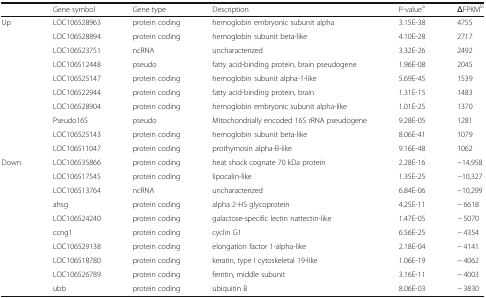
|  | Gene symbol | Gene type | Description | P-valuea | ΔFPKMb |
 | --- | --- | --- | --- | --- | --- |
 | Up | LOC106528963 | protein coding | hemoglobin embryonic subunit alpha | 3.15E-38 | 4755 |
 |  | LOC106528894 | protein coding | hemoglobin subunit beta-like | 4.10E-28 | 2717 |
 |  | LOC106523751 | ncRNA | uncharacterized | 3.32E-26 | 2492 |
 |  | LOC106512448 | pseudo | fatty acid-binding protein, brain pseudogene | 1.96E-08 | 2045 |
 |  | LOC106525147 | protein coding | hemoglobin subunit alpha-1-like | 5.69E-45 | 1539 |
 |  | LOC106522944 | protein coding | fatty acid-binding protein, brain | 1.31E-15 | 1483 |
 |  | LOC106528904 | protein coding | hemoglobin embryonic subunit alpha-like | 1.01E-25 | 1370 |
 |  | Pseudo16S | pseudo | Mitochondrially encoded 16S rRNA pseudogene | 9.28E-05 | 1281 |
 |  | LOC106525143 | protein coding | hemoglobin subunit beta-like | 8.06E-41 | 1079 |
 |  | LOC106511047 | protein coding | prothymosin alpha-B-like | 9.16E-48 | 1062 |
 | Down | LOC106535866 | protein coding | heat shock cognate 70 kDa protein | 2.28E-16 | −14,958 |
 |  | LOC106517545 | protein coding | lipocalin-like | 1.35E-25 | −10,327 |
 |  | LOC106513764 | ncRNA | uncharacterized | 6.84E-06 | −10,299 |
 |  | ahsg | protein coding | alpha 2-HS glycoprotein | 4.25E-11 | − 6618 |
 |  | LOC106524240 | protein coding | galactose-specific lectin nattectin-like | 1.47E-05 | − 5070 |
 |  | ccng1 | protein coding | cyclin G1 | 6.56E-25 | − 4354 |
 |  | LOC106529138 | protein coding | elongation factor 1-alpha-like | 2.18E-04 | − 4141 |
 |  | LOC106518780 | protein coding | keratin, type I cytoskeletal 19-like | 1.06E-19 | − 4062 |
 |  | LOC106526789 | protein coding | ferritin, middle subunit | 3.16E-11 | − 4003 |
 |  | ubb | protein coding | ubiquitin B | 8.06E-03 | − 3830 |